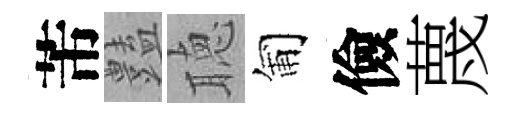
芾𧰟聴匍儉蔑